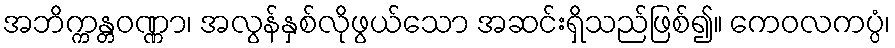
အဘိက္ကန္တဝဏ္ဏာ၊ အလွန်နှစ်လိုဖွယ်သော အဆင်းရှိသည်ဖြစ်၍။ ကေဝလကပ္ပံ၊